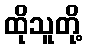
ထိုသူတို့